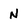
Character: N